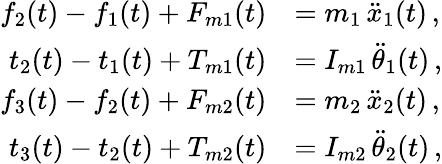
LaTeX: \begin{array}{rl}{f_{2}(t)-f_{1}(t)+F_{m1}(t)}&{=m_{1}\, \ddot{x}_{1}(t)\, ,}\\ {t_{2}(t)-t_{1}(t)+T_{m1}(t)}&{=I_{m1}\, \ddot{\theta}_{1}(t)\, ,}\\ {f_{3}(t)-f_{2}(t)+F_{m2}(t)}&{=m_{2}\, \ddot{x}_{2}(t)\, ,}\\ {t_{3}(t)-t_{2}(t)+T_{m2}(t)}&{=I_{m2}\, \ddot{\theta}_{2}(t)\, ,}\end{array}